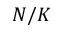
N / K